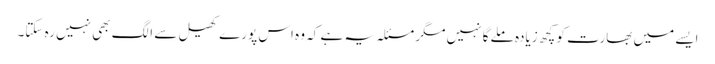
ایسے میں بھارت کو کچھ زیادہ ملے گا نہیں مگر مسئلہ یہ ہے کہ وہ اس پورے کھیل سے الگ بھی نہیں رہ سکتا۔